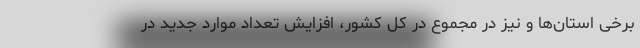
برخی استان‌ها و نیز در مجموع در کل کشور، افزایش تعداد موارد جدید در